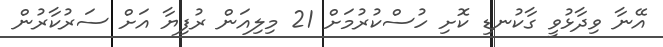
އޭނާ ވިދާޅުވީ ގާކުނޑި ކޮށި ހުސްކުރުމަށް 21 މިލިއަން ރުފިޔާ އަށް ސަރުކާރުން